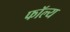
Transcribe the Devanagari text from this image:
फॉल्य